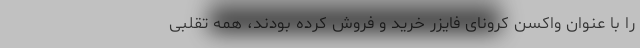
را با عنوان واکسن کرونای فایزر خرید و فروش کرده بودند، همه تقلبی